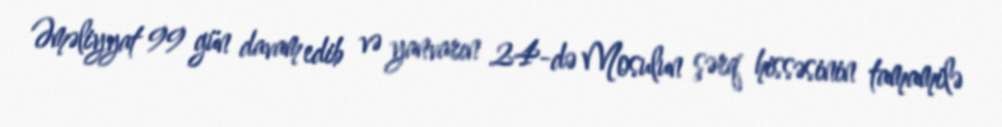
Əməliyyat 99 gün davam edib və yanvarın 24-də Mosulun şərq hissəsinin tamamilə